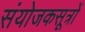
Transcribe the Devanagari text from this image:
संयोजकसूत्रों